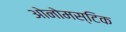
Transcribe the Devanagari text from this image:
ओनोमस्टिक